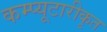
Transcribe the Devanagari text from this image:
कम्प्यूटारीकृत